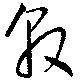
敦